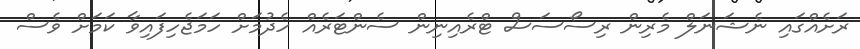
ރަށެއްގައި ނެޝަނަލް މެރިން ރިސޯސަސް ޓްރެއިނިން ސެންޓަރެއް ހެދުމަށް ހަމަޖެހިފައިވާ ކަމަށް ވެސް